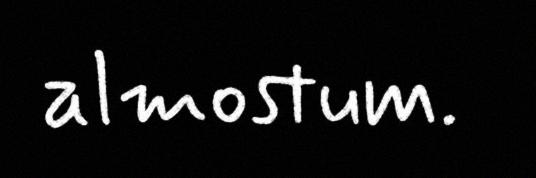
almostum.